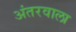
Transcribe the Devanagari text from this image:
अंतरवाला